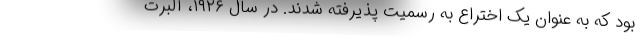
بود که به عنوان یک اختراع به رسمیت پذیرفته شدند. در سال ۱۹۲۶، آلبرت